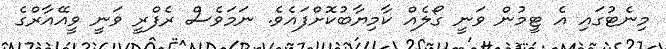
މިނެޓުގައި އެ ޓީމުން ވަނީ ގޯލެއް ކާމިޔާބުކޮށްފައެވެ. ނަމަވެސް ރެފްރީ ވަނީ ވީއޭއާރްގެ